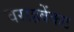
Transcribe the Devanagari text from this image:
वराहवेंकट